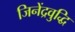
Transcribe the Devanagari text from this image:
जिनेंद्रवुद्धि